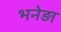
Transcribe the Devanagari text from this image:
भनेड़ा